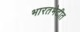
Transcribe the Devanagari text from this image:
भारतभेटीत